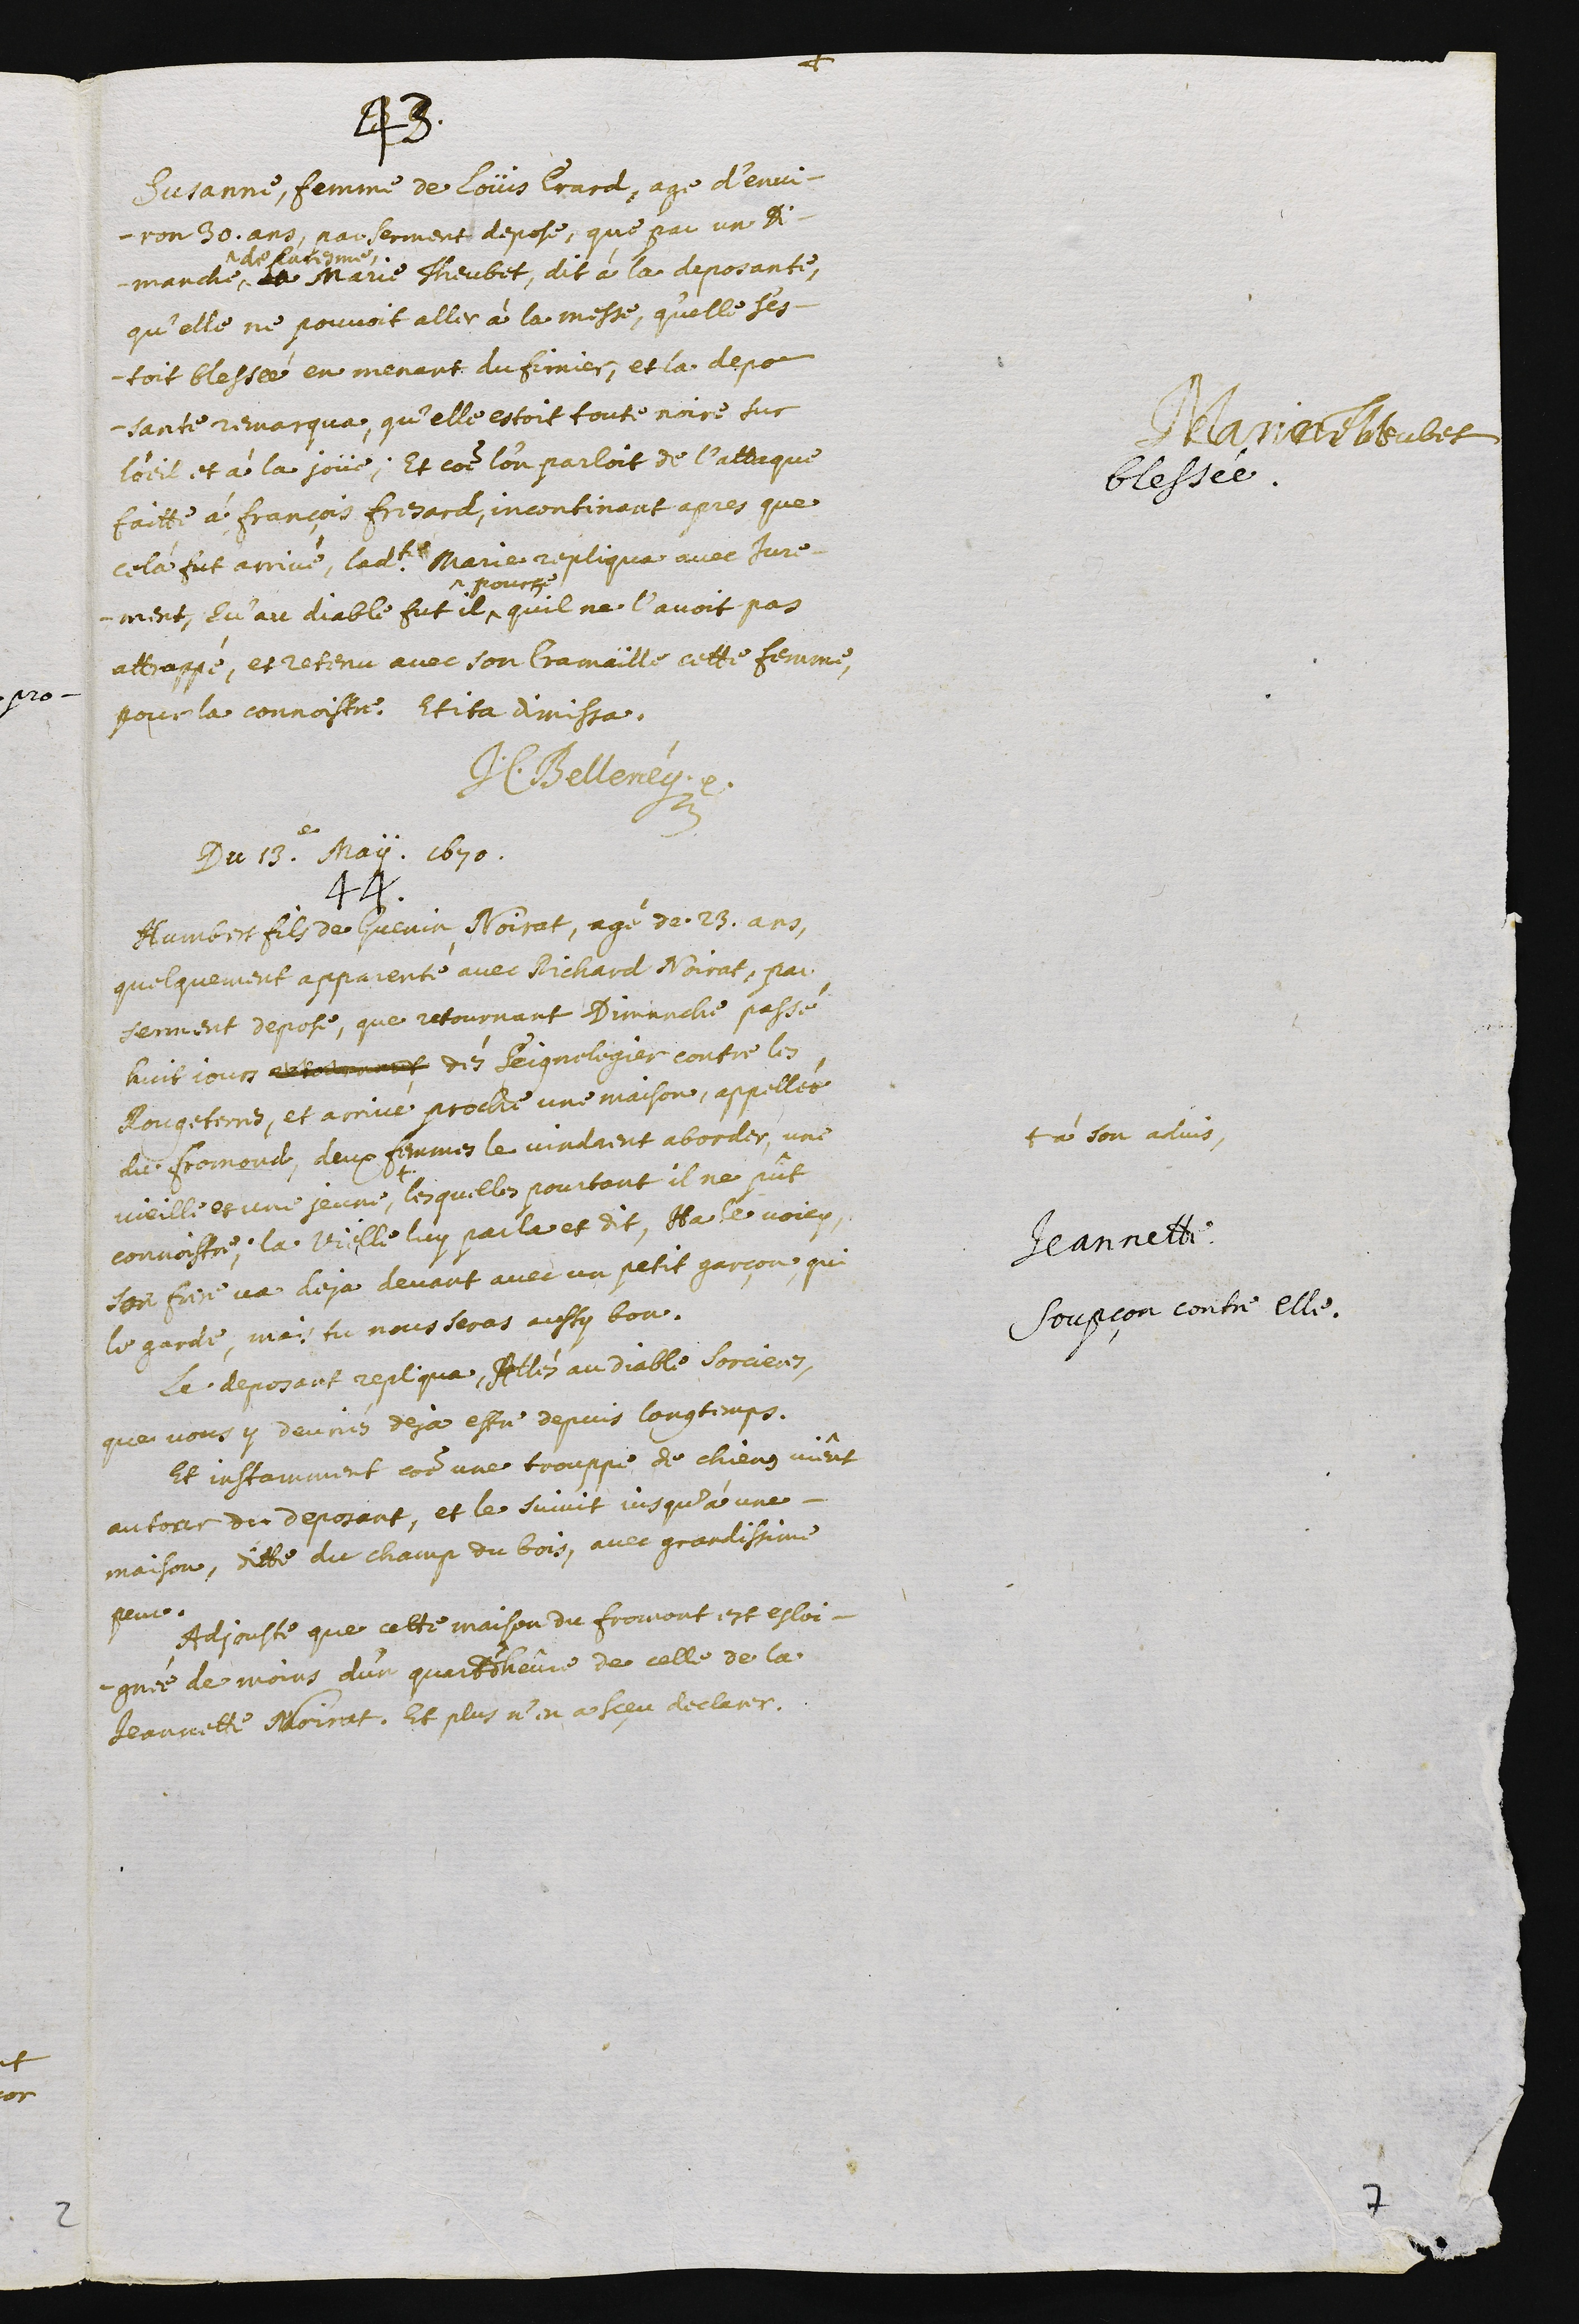
Marie Theubet
blessée.
43.
Susanne, femme de Loüis Erard, agé d’envi-
ron 30. ans, par serment depose, que par un di-
manche ^
^de baptesme
la Marie Theubet, dit à la deposante,
qu’elle ne pouvoit aller à la messe, qu’elle s’es-
toit blessée en menant du fumier, et la depo-
sante remarqua, qu’elle estoit toute noire sur
l’œil et à la joüe. Et comme l’on parloit de l’attaque
faitte à François Fresard, incontinant apres que
celà fut arrivé, ladite Marie repliqua avec jure-
-ment, qu’au diable fut il^
^pource
qu’il ne l’avoit pas
attrappé, et retenu avec son cramaille cette femme,
pour la connoistre. Et ita dimissa.
J.C. Belleney ??
Jeannette.
Soupçon contre elle.
Du 13.e May. 1670.
44.
Humbert fils de Guenin Noirat, agé de . 23. ans,
quelquement apparenté avec Richard Noirat, par
serment depose, que retournant dimanche passé
huit jours ????? dés Seignelegier contre les
Rougeterres, et arrivé proche une maison, appellée
du fromond, deux femmes le vindrent aborder, une
vieille et une jeune, +
+ à son advis,
lesquelles pourtant il ne pût
connoistre. La vieille luy parla et dit, Ha le voicy,
son fils va deja devant avec un petit garçon, qui
le garde, mais tu nous seras aussy bon.
Le deposant repliqua, Allés au diable sorcieres,
que vous y devriés deja estre depuis longremps.
Et instamment comme une trouppe de chiens viênt
autour du deposant, et le suivit jusqu’à une
maison, ditte du champ du bois, avec grandissime
peur.
Adjouste que cette maison du fromont est esloi-
gnée de moins d’un quart d’heûre de celle de la
Jeannette Noirat. Et plus n’en a sçeu declarer.